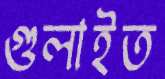
গুলাইত